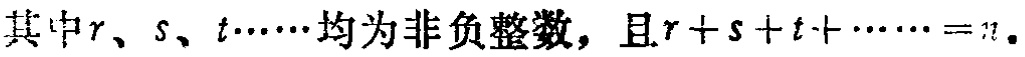
其中\(r\)、\(s\)、\(t\cdots\cdots\)均为非负整数，且\(r + s + t + \cdots\cdots = n\)。